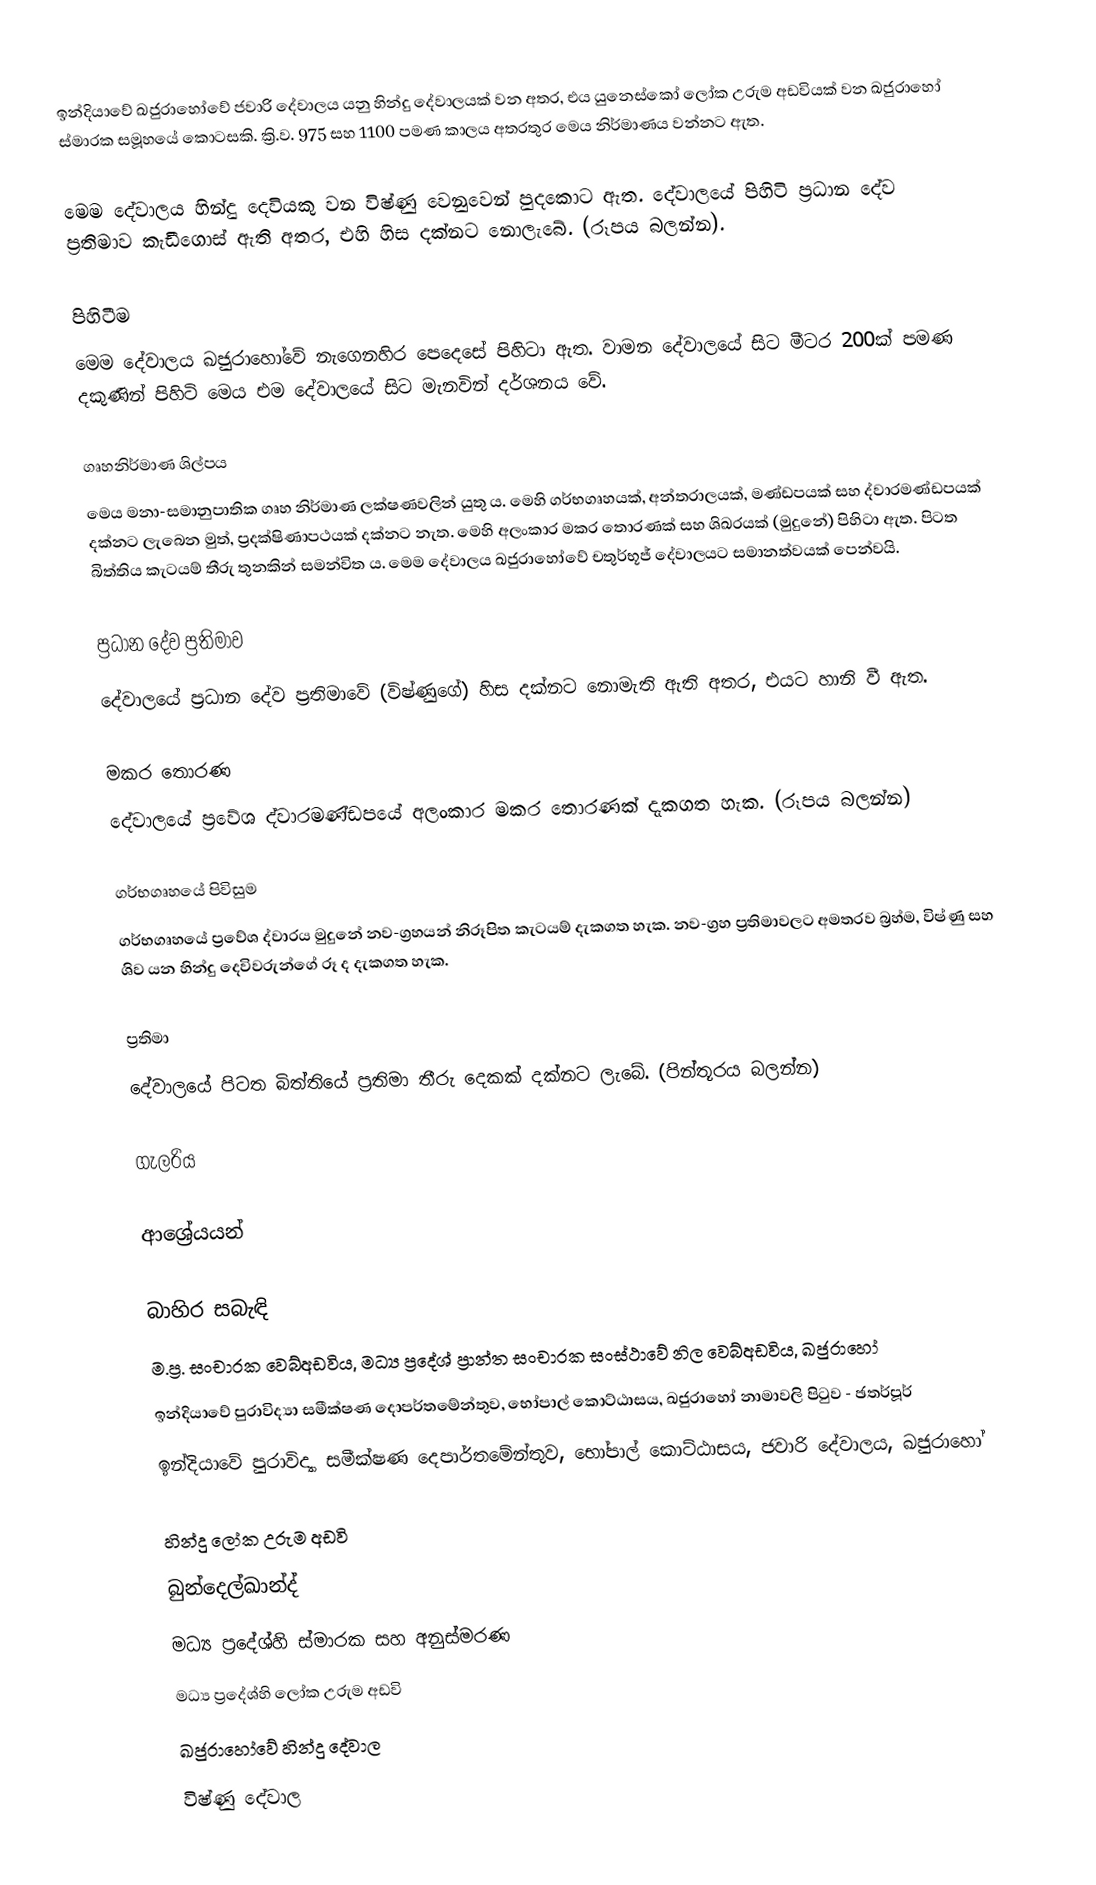
ඉන්දියාවේ ඛජුරාහෝවේ ජවාරි දේවාලය යනු හින්දු දේවාලයක් වන අතර, එය යුනෙස්කෝ ලෝක උරුම අඩවියක් වන ඛජුරාහෝ ස්මාරක සමූහයේ කොටසකි. ක්‍රි.ව. 975 සහ 1100 පමණ කාලය අතරතුර මෙය නිර්මාණය වන්නට ඇත.

මෙම දේවාලය හින්දු දෙවියකු වන විෂ්ණු වෙනුවෙන් පුදකොට ඇත. දේවාලයේ පිහිටි ප්‍රධාන දේව ප්‍රතිමාව කැඩීගොස් ඇති අතර, එහි හිස දක්නට නොලැබේ. (රූපය බලන්න).

පිහිටීම
මෙම දේවාලය ඛජුරාහෝවේ නැගෙනහිර පෙදෙසේ පිහිටා ඇත. වාමන දේවාලයේ සිට මීටර 200ක් පමණ දකුණින් පිහිටි මෙය එම දේවාලයේ සිට මැනවින් දර්ශනය වේ.

ගෘහනිර්මාණ ශිල්පය
මෙය මනා-සමානුපාතික ගෘහ නිර්මාණ ලක්ෂණවලින් යුතු ය. මෙහි ගර්භගෘහයක්, අන්තරාලයක්, මණ්ඩපයක් සහ ද්වාරමණ්ඩපයක් දක්නට ලැබෙන මුත්, ප්‍රදක්ෂිණාපථයක් දක්නට නැත. මෙහි අලංකාර මකර තොරණක් සහ ශිඛරයක් (මුදුනේ) පිහිටා ඇත. පිටත බිත්තිය කැටයම් තීරු තුනකින් සමන්විත ය. මෙම දේවාලය ඛජුරාහෝවේ චතුර්භූජ් දේවාලයට සමානත්වයක් පෙන්වයි.

ප්‍රධාන දේව ප්‍රතිමාව
දේවාලයේ ප්‍රධාන දේව ප්‍රතිමාවේ (විෂ්ණුගේ) හිස දක්නට නොමැති ඇති අතර, එයට හානි වී ඇත.

මකර තොරණ
දේවාලයේ ප්‍රවේශ ද්වාරමණ්ඩපයේ අලංකාර මකර තොරණක් දැකගත හැක. (රූපය බලන්න)

ගර්භගෘහයේ පිවිසුම
ගර්භගෘහයේ ප්‍රවේශ ද්වාරය මුදුනේ නව-ග්‍රහයන් නිරූපිත කැටයම් දැකගත හැක. නව-ග්‍රහ ප්‍රතිමාවලට අමතරව බ්‍රහ්ම, විෂ්ණු සහ ශිව යන හින්දු දෙවිවරුන්ගේ රූ ද දැකගත හැක.

ප්‍රතිමා
දේවාලයේ පිටත බිත්තියේ ප්‍රතිමා තීරු දෙකක් දක්නට ලැබේ. (පින්තූරය බලන්න)

ගැලරිය

ආශ්‍රේයයන්

බාහිර සබැඳි
 ම.ප්‍ර. සංචාරක වෙබ්අඩවිය, මධ්‍ය ප්‍රදේශ් ප්‍රාන්ත සංචාරක සංස්ථාවේ නිල වෙබ්අඩවිය, ඛජුරාහෝ
 ඉන්දියාවේ පුරාවිද්‍යා සමීක්ෂණ දොපර්තමේන්තුව, භෝපාල් කොට්ඨාසය, ඛජුරාහෝ නාමාවලි පිටුව - ඡතර්පූර්
 ඉන්දියාවේ පුරාවිද්‍යා සමීක්ෂණ දෙපාර්තමේන්තුව, භෝපාල් කොට්ඨාසය, ජවාරි දේවාලය, ඛජුරාහෝ

හින්දු ලෝක උරුම අඩවි
බුන්දෙල්ඛාන්ද්
මධ්‍ය ප්‍රදේශ්හි ස්මාරක සහ අනුස්මරණ
මධ්‍ය ප්‍රදේශ්හි ලෝක උරුම අඩවි
ඛජුරාහෝවේ හින්දු දේවාල
විෂ්ණු දේවාල